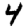
Digit: 4